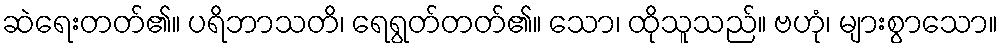
ဆဲရေးတတ်၏။ ပရိဘာသတိ၊ ရေရွတ်တတ်၏။ သော၊ ထိုသူသည်။ ဗဟုံ၊ များစွာသော။